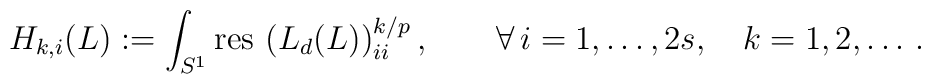
H_{k,i}(L):= \int_{S^1}{\rm res\,} \left(L_d(L)\right)_{ii}^{k/{p}},\qquad\forall\,i=1,\ldots, 2s,\quad k=1,2,\dots\,.